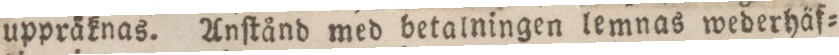
uppräknas. Anſtånd med betalningen lemnas wederhäf=